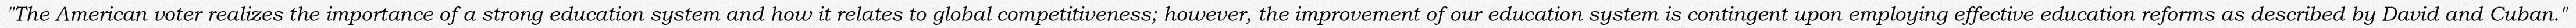
"The American voter realizes the importance of a strong education system and how it relates to global competitiveness; however, the improvement of our education system is contingent upon employing effective education reforms as described by David and Cuban."